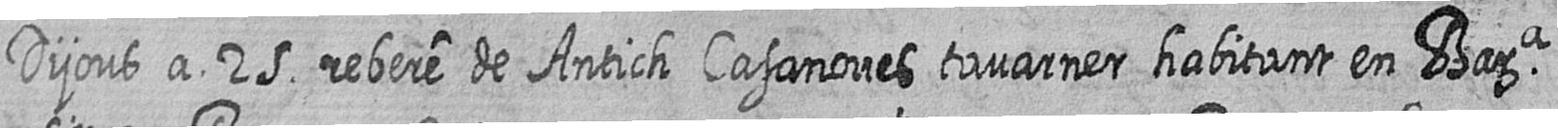
Dijous a 25 rebere de Antich Casanoves tavarner habitant en Bara